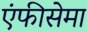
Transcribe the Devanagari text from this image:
एंफीसेमा